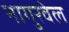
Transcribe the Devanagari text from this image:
नागुरवेल